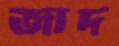
জাদ